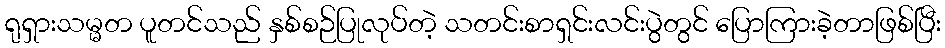
ရုရှားသမ္မတ ပူတင်သည် နှစ်စဉ်ပြုလုပ်တဲ့ သတင်းစာရှင်းလင်းပွဲတွင် ပြောကြားခဲ့တာဖြစ်ပြီး